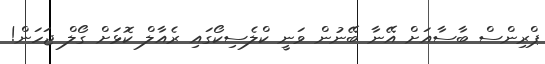
ޕްރިންސް ބާސާއަށް އޭނާ ބޭނުން ވަނީ ކްލެސިކޯގައި ރެއާލް ކޮޅަށް ގޯލް ޖަހަން!